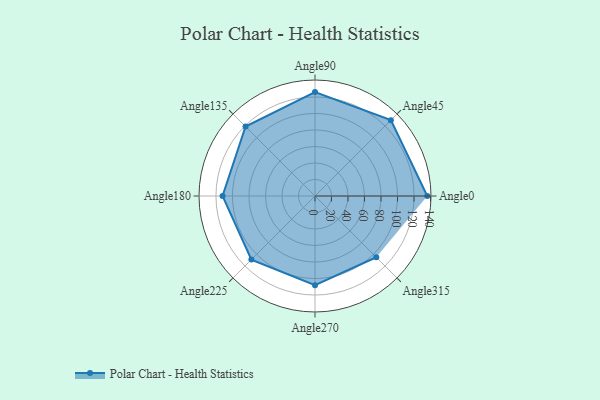
{"axis": {"x": "Angle", "y": "Radius"}, "legend": [""], "data": [{"x": "Angle0", "y": 136.0, "type": ""}, {"x": "Angle45", "y": 130.0, "type": ""}, {"x": "Angle90", "y": 126.0, "type": ""}, {"x": "Angle135", "y": 119.0, "type": ""}, {"x": "Angle180", "y": 112.0, "type": ""}, {"x": "Angle225", "y": 109.0, "type": ""}, {"x": "Angle270", "y": 108.0, "type": ""}, {"x": "Angle315", "y": 105.0, "type": ""}]}